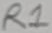
Text: R1